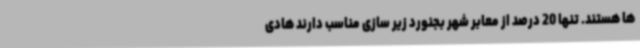
ها هستند. تنها 20 درصد از معابر شهر بجنورد زیر سازی مناسب دارند هادی